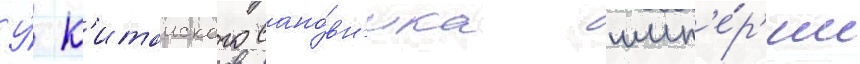
У́ к'итаиского сано́вн'ика имп'е́р'ии